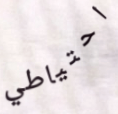
احتياطي